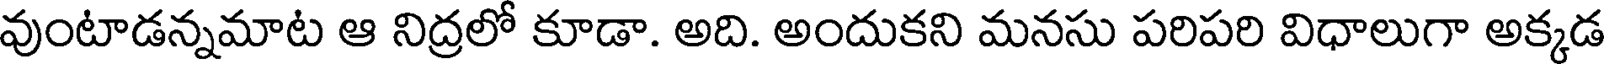
వుంటాడన్నమాట ఆ నిద్రలో కూడా. అది. అందుకని మనసు పరిపరి విధాలుగా అక్కడ